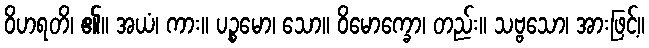
ဝိဟရတိ၊ ၏။ အယံ၊ ကား။ ပဉ္စမော၊ သော။ ဝိမောက္ခော၊ တည်း။ သဗ္ဗသော၊ အားဖြင့်။